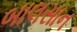
બાલસાન